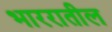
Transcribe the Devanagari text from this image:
भाररातील